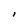
Character: I